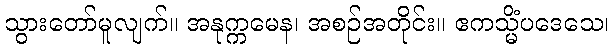
သွားတော်မူလျက်။ အနုက္ကမေန၊ အစဉ်အတိုင်း။ ဧကသ္မိံပဒေသေ၊